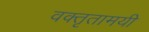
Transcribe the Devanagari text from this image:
वक्तृतामयी